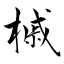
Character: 槭